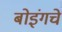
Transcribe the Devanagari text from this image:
बोइंगचे